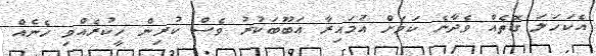
އެކަހަލަ ގޮތެއް ވެދާނެ ކަމަށް އުމައިރާ އަބޫބަކުރު ވެސް ކުރިން ހީކުރެއްވި ހެނެއް